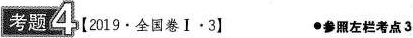
考题4[2019\cdot全国卷Ⅰ\cdot3】 \cdot参照左栏考点3